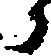
か